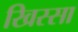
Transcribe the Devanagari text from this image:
खिस्‍सा